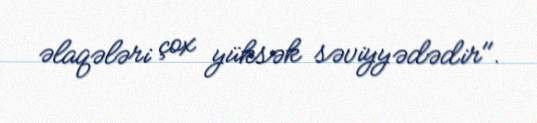
əlaqələri çox yüksək səviyyədədir".